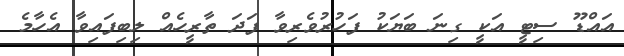
އައްޑޫ ސިޓީ އަކީ ގިނަ ބަޔަކު ފަހުރުވެރިވާ ފަދަ ތާރީހެއް ލިބިފައިވާ އެހާމެ